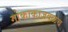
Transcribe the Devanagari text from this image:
गोकाकाजवळच